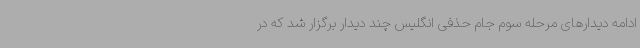
ادامه دیدارهای مرحله سوم جام حذفی انگلیس چند دیدار برگزار شد که در